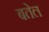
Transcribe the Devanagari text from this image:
बतेल